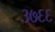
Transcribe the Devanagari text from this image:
३७६६